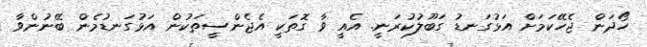
ހޯދަން ޖެހޭކަމަށް އަޅުގަނޑު ގަބޫލުކުރަނީ. އެއީ ވާ ގޮތަކީ އެޖެންސީތަކުން އަޅުގަނޑުމެން ބޭނުންވާ